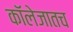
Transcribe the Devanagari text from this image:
कॉलेजातच